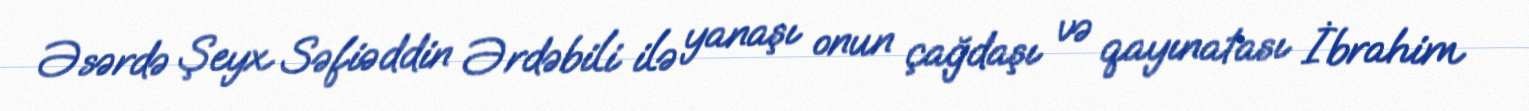
Əsərdə Şeyx Səfiəddin Ərdəbili ilə yanaşı onun çağdaşı və qayınatası İbrahim